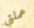
عملتي